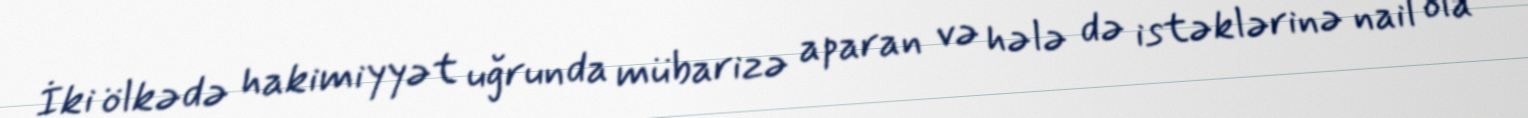
İki ölkədə hakimiyyət uğrunda mübarizə aparan və hələ də istəklərinə nail ola